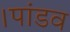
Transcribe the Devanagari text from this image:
।पांडव